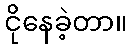
ငိုနေခဲ့တာ။